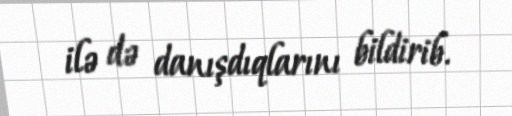
ilə də danışdıqlarını bildirib.